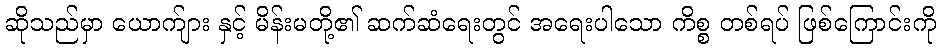
ဆိုသည်မှာ ယောက်ျား နှင့် မိန်းမတို့၏ ဆက်ဆံရေးတွင် အရေးပါသော ကိစ္စ တစ်ရပ် ဖြစ်ကြောင်းကို